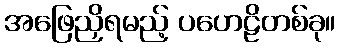
အဖြေညှိရမည့် ပဟေဠိတစ်ခု။